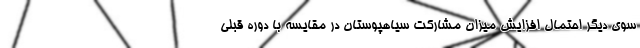
سوی دیگر احتمال افزایش میزان مشارکت سیاهپوستان در مقایسه با دوره قبلی